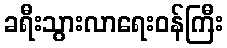
ခရီးသွားလာရေးဝန်ကြီး